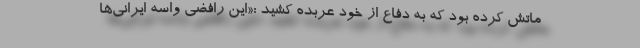
ماتش کرده بود که به دفاع از خود عربده کشید :«این رافضی واسه ایرانی‌ها